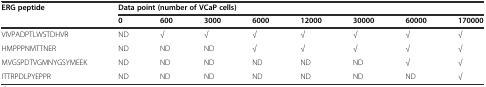
<table><thead><tr><td rowspan="2"><b>ERG peptide</b></td><td colspan="8"><b>Data point (number of VCaP cells)</b></td></tr><tr><td><b>0</b></td><td><b>600</b></td><td><b>3000</b></td><td><b>6000</b></td><td><b>12000</b></td><td><b>30000</b></td><td><b>60000</b></td><td><b>170000</b></td></tr></thead><tbody><tr><td>VIVPADPTLWSTDHVR</td><td>ND</td><td>√</td><td>√</td><td>√</td><td>√</td><td>√</td><td>√</td><td>√</td></tr><tr><td>HMPPPNMTTNER</td><td>ND</td><td>ND</td><td>ND</td><td>√</td><td>√</td><td>√</td><td>√</td><td>√</td></tr><tr><td>MVGSPDTVGMNYGSYMEEK</td><td>ND</td><td>ND</td><td>ND</td><td>ND</td><td>ND</td><td>ND</td><td>√</td><td>√</td></tr><tr><td>ITTRPDLPYEPPR</td><td>ND</td><td>ND</td><td>ND</td><td>ND</td><td>ND</td><td>ND</td><td>ND</td><td>√</td></tr></tbody></table>